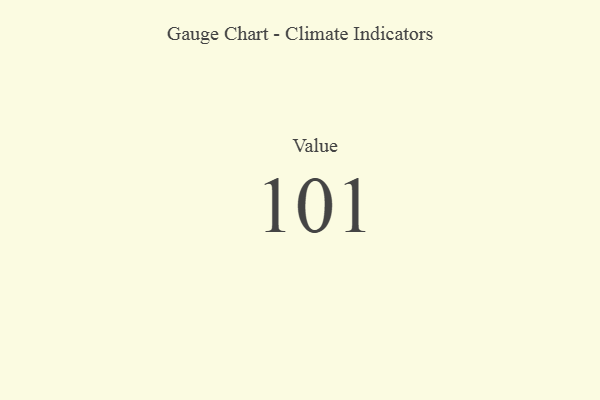
{"axis": {"x": "Metric", "y": "Value"}, "legend": [""], "data": [{"x": "Value", "y": 101, "type": ""}]}